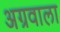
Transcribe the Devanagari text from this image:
अग्रवाला